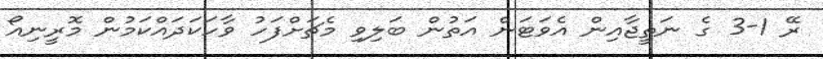
ރޭ 1-3 ގެ ނަތީޖާއިން އެވަޓަން އަތުން ބަލިވި މެޗަށްފަހު ވާހަކަދައްކަމުން މޮރީނިއޯ